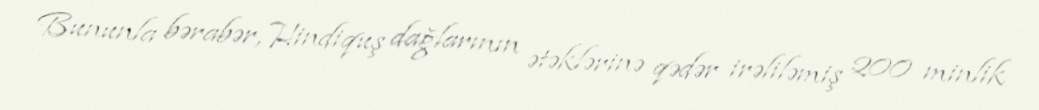
Bununla bərabər, Hindiquş dağlarının ətəklərinə qədər irəliləmiş 200 minlik